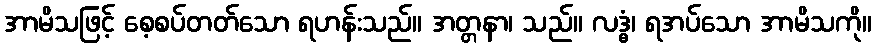
အာမိသဖြင့် စေ့စပ်တတ်သော ရဟန်းသည်။ အတ္တနာ၊ သည်။ လဒ္ဓံ၊ ရအပ်သော အာမိသကို။